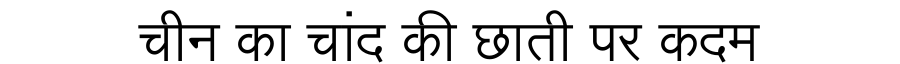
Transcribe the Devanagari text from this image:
चीन का चांद की छाती पर कदम